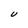
Character: U